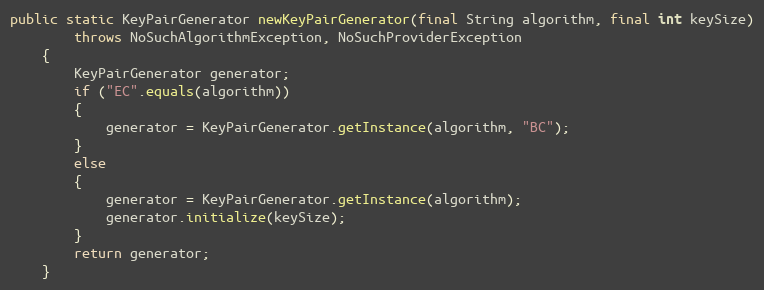
Language: Java
public static KeyPairGenerator newKeyPairGenerator(final String algorithm, final int keySize)
		throws NoSuchAlgorithmException, NoSuchProviderException
	{
		KeyPairGenerator generator;
		if ("EC".equals(algorithm))
		{
			generator = KeyPairGenerator.getInstance(algorithm, "BC");
		}
		else
		{
			generator = KeyPairGenerator.getInstance(algorithm);
			generator.initialize(keySize);
		}
		return generator;
	}